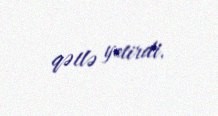
qətlə yetirdi.